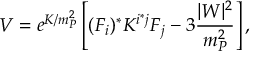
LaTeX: V = e ^ { K / m _ { P } ^ { 2 } } \left[ ( F _ { i } ) ^ { * } K ^ { i ^ { * } j } F _ { j } - 3 \frac { \vert W \vert ^ { 2 } } { m _ { P } ^ { 2 } } \right] ,